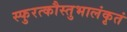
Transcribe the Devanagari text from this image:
स्फुरत्कौस्तुभालंकृतं